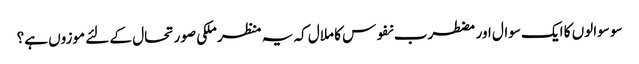
سو سوالوں کا ایک سوال اور مضطرب نفوس کا ملال کہ یہ منظر ملکی صورتحال کے لئے موزوں ہے؟